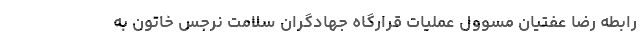
رابطه رضا عفتیان مسوول عملیات قرارگاه جهادگران سلامت نرجس خاتون به